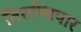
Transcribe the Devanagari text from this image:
तिरुम्बिपार